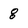
Character: 8